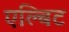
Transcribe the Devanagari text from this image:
एल्बिट